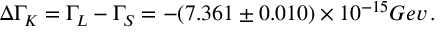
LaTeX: \Delta \Gamma _ { K } = \Gamma _ { L } - \Gamma _ { S } = - ( 7 . 3 6 1 \pm 0 . 0 1 0 ) \times 1 0 ^ { - 1 5 } G e v \, .